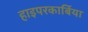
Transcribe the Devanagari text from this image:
हाइपरकार्बिया